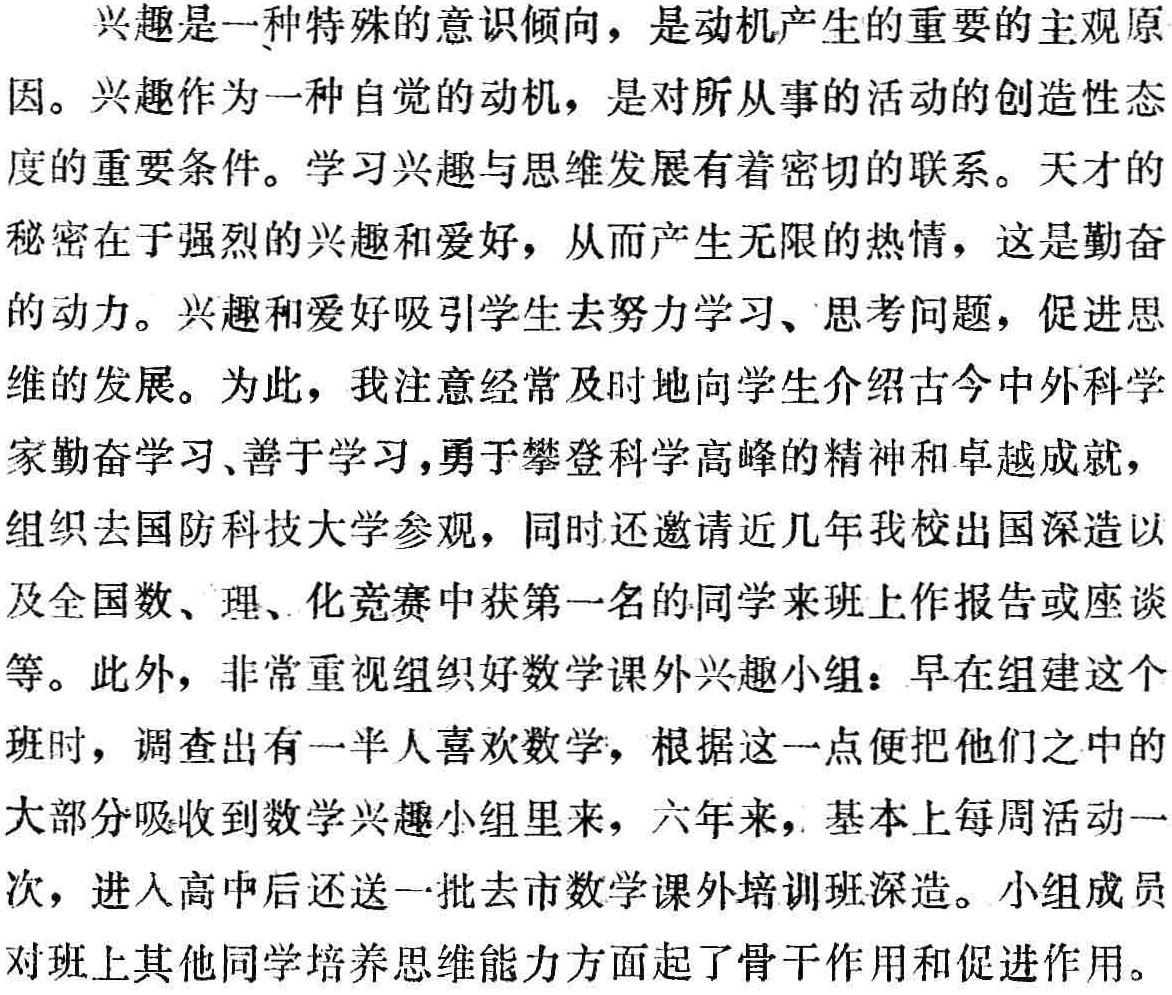
兴趣是一种特殊的意识倾向，是动机产生的重要的主观原
因。兴趣作为一种自觉的动机，是对所从事的活动的创造性态
度的重要条件。学习兴趣与思维发展有着密切的联系。天才的
秘密在于强烈的兴趣和爱好，从而产生无限的热情，这是勤奋
的动力。兴趣和爱好吸引学生去努力学习、思考问题，促进思
维的发展。为此，我注意经常及时地向学生介绍古今中外科学
家勤奋学习、善于学习，勇于攀登科学高峰的精神和卓越成就，
组织去国防科技大学参观，同时还邀请近几年我校出国深造以
及全国数、理、化竞赛中获第一名的同学来班上作报告或座谈
等。此外，非常重视组织好数学课外兴趣小组：早在组建这个
班时，调查出有一半人喜欢数学，根据这一点便把他们之中的
大部分吸收到数学兴趣小组里来，六年来，基本上每周活动一
次，进入高中后还送一批去市数学课外培训班深造。小组成员
对班上其他同学培养思维能力方面起了骨干作用和促进作用。